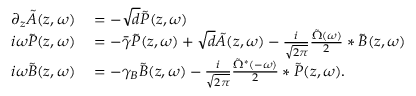
\begin{array} { r l } { \partial _ { z } \tilde { A } ( z , \omega ) } & { { } = - \sqrt { d } \tilde { P } ( z , \omega ) } \\ { i \omega \tilde { P } ( z , \omega ) } & { { } = - \bar { \gamma } \tilde { P } ( z , \omega ) + \sqrt { d } \tilde { A } ( z , \omega ) - \frac { i } { \sqrt { 2 \pi } } \frac { \tilde { \Omega } ( \omega ) } { 2 } * \tilde { B } ( z , \omega ) } \\ { i \omega \tilde { B } ( z , \omega ) } & { { } = - \gamma _ { B } \tilde { B } ( z , \omega ) - \frac { i } { \sqrt { 2 \pi } } \frac { \tilde { \Omega } ^ { * } ( - \omega ) } { 2 } * \tilde { P } ( z , \omega ) . } \end{array}